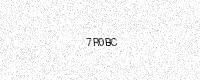
Text: 7R0BC